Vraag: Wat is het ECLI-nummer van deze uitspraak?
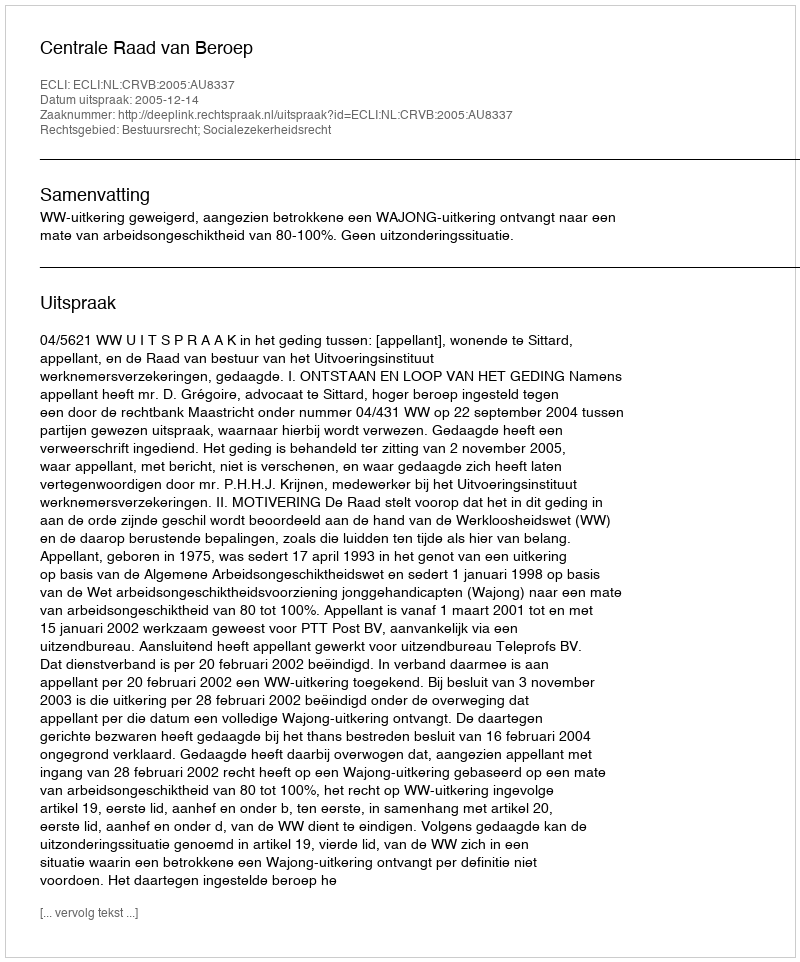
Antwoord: ECLI:NL:CRVB:2005:AU8337